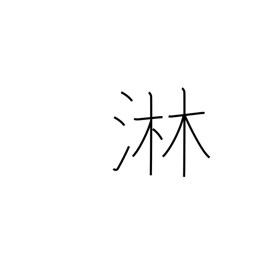
Meaning: lonely